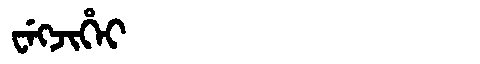
Manchu: ᠸᡝᡴᠵᡳᡥᡝᡳ
Romanization: WEKJIHEI